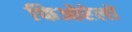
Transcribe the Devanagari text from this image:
फिओरेलों